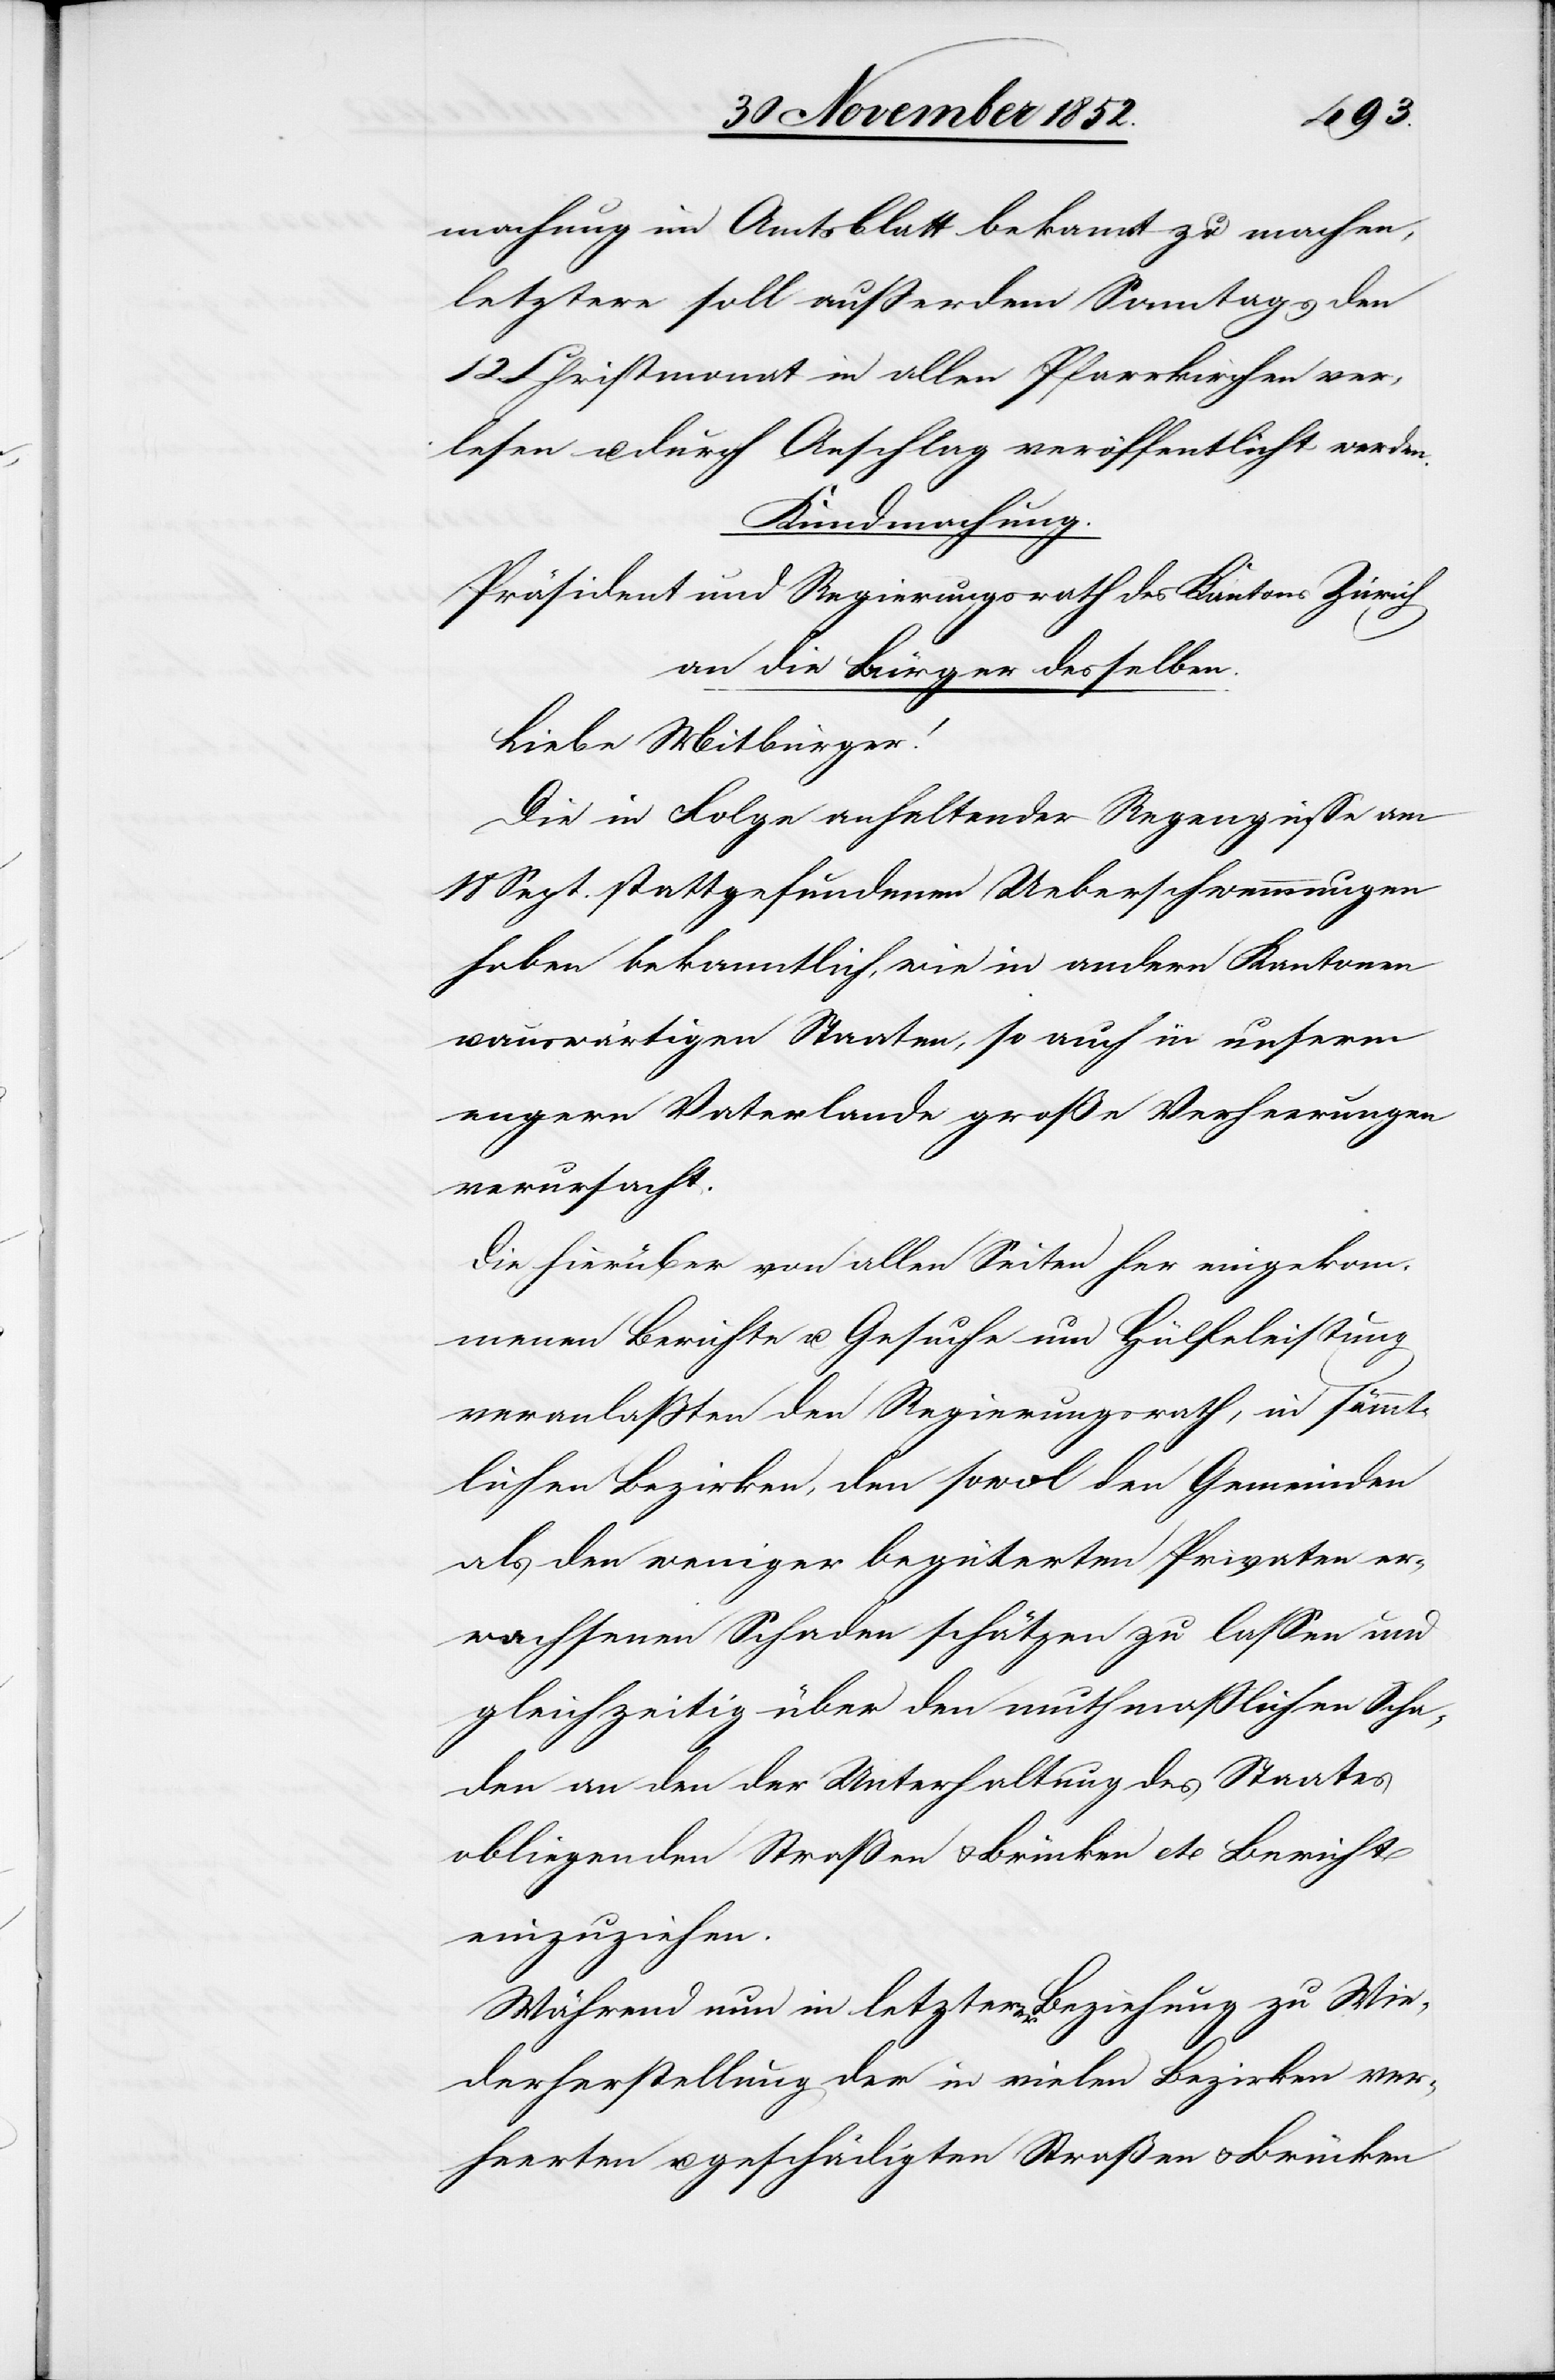
machung im Amtsblatt bekannt zu machen,
letztere soll außerdem Sonntags den
12 Christmonat in allen Pfarrkirchen ver¬
lesen u. durch Anschlag veröffentlicht werden.
Kundmachung.
Präsident und Regierungsrath des Kantons Zürich
an die Bürger desselben.
Liebe Mitbürger!
Die in Folge anhaltender Regengüsse am
18 Sept. stattgefundenen Ueberschwemmungen
haben bekanntlich, wie in andern Kantonen
auswärtigen Staaten, so auch in unserm
engern Vaterlande große Verheerungen
verursacht.
Die hierüber von allen Seiten her eingekom¬
menen Berichte u. Gesuche um Hülfeleistung
veranlaßten den Regierungsrath, in sämmt¬
lichen Bezirken, den sowol den Gemeinden
als den weniger begüterten Privaten er¬
wachsenen Schaden schätzen zu lassen und
gleichzeitig über den muthmaßlichen Scha¬
den an den der Unterhaltung des Staates
obliegenden Straßen & Brücken etc Bericht
einzuziehen.
Während nun in letzterer Beziehung zu Wie¬
derherstellung der in vielen Bezirken ver¬
heerten u. geschädigten Straßen & Brücken